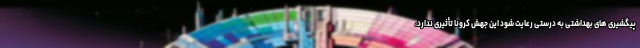
پیگشیری های بهداشتی به درستی رعایت شود این جهش کرونا تأثیری ندارد،